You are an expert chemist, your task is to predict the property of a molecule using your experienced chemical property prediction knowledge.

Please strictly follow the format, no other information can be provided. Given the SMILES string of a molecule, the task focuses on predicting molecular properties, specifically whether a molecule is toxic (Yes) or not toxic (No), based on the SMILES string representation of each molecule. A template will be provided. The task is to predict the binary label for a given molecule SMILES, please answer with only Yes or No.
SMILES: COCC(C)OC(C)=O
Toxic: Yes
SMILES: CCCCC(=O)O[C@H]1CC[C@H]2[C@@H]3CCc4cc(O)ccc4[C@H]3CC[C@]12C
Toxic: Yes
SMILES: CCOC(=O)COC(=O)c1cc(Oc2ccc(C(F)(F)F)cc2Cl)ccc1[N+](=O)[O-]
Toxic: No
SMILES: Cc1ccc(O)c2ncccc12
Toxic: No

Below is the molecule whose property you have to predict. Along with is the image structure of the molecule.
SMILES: O=C(O)CCCCCCCC(=O)O
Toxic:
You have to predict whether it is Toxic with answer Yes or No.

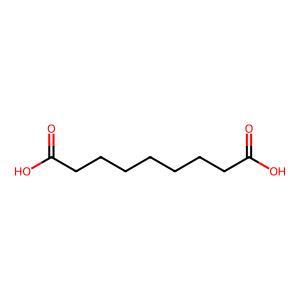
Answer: No